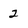
Character: 2